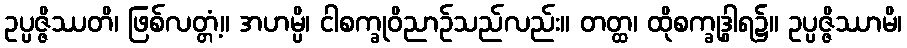
ဥပ္ပဇ္ဇိဿတိ၊ ဖြစ်လတ္တံ့။ အဟမ္ပိ၊ ငါစက္ခုဝိညာဉ်သည်လည်း။ တတ္ထ၊ ထိုစက္ခုဒွါရ၌။ ဥပ္ပဇ္ဇိဿာမိ၊